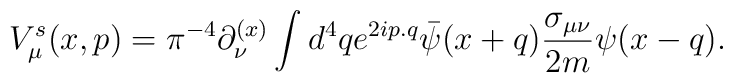
V_\mu^s(x,p) = {\pi}^{-4} \partial_\nu^{(x)} \int d^4q e^{2ip.q} {\bar \psi}(x+q){{\sigma_{\mu \nu}} \over {2m}} \psi(x-q).